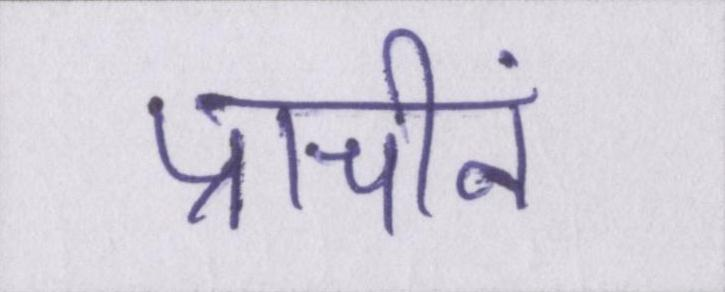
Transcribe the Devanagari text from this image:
प्राचीनं